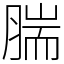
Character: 腨